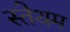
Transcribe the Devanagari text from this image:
स्तेथम